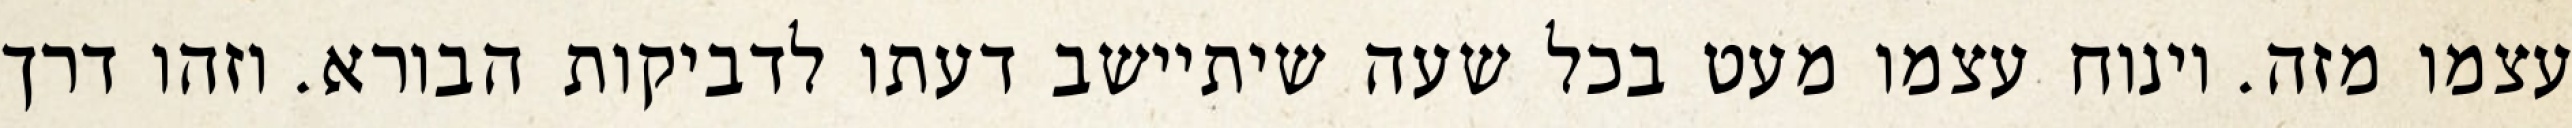
עצמו מזה. וינוח עצמו מעט בכל שעה שיתיישב דעתו לדביקות הבורא. וזהו דרך